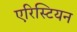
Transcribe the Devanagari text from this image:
एरिस्टियन